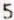
5